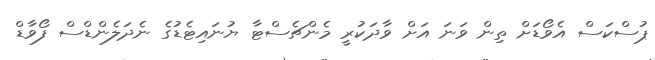
ޕުސްކަސް އެވޯޑަށް ތިން ވަނަ އަށް ވާދަކުރީ މެންޗެސްޓާ ޔުނައިޓެޑުގެ ނެދަލެންޑްސް ފޯވާޑް